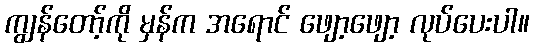
ကျွန်တော့်ကို မှန်က အရောင် ဖျော့ဖျော့ လုပ်ပေးပါ။